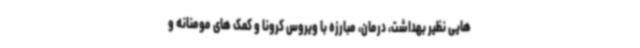
هایی نظیر بهداشت، درمان، مبارزه با ویروس کرونا و کمک های مومنانه و